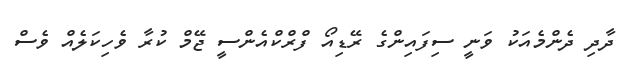
ދާދި ދެންމެއަކު ވަނީ ސިފައިންގެ ރޭޑިއޯ ފްރްކްއެންސީ ޖޭމް ކުރާ ވެހިކަލެއް ވެސް